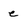
Character: e